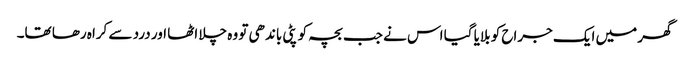
گھر میں ایک جراح کو بلایا گیا اس نے جب بچہ کو پٹی باندھی تو وہ چلا اٹھا اور درد سے کراہ رھا تھا۔